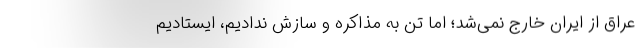
عراق از ایران خارج نمی‌شد؛ امّا تن به مذاکره و سازش ندادیم، ایستادیم